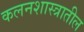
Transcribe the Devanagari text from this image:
कलनशास्त्रातील